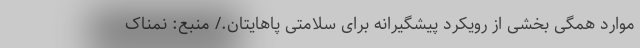
موارد همگی بخشی از رویکرد پیشگیرانه برای سلامتی پاهایتان./ منبع: نمناک